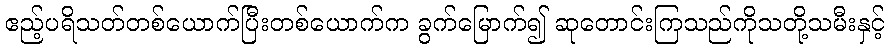
ဧည့်ပရိသတ်တစ်ယောက်ပြီးတစ်ယောက်က ခွက်မြောက်၍ ဆုတောင်းကြသည်ကိုသတို့သမီးနှင့်